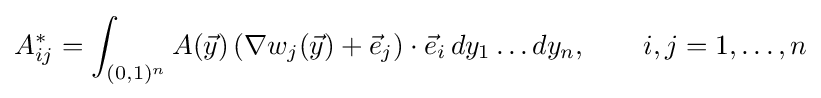
A_{ij}^{*}=\int _{(0,1)^{n}}A({\vec {y}})\left(\nabla w_{j}({\vec {y}})+{\vec {e}}_{j}\right)\cdot {\vec {e}}_{i}\,dy_{1}\dots dy_{n},\qquad i,j=1,\dots ,n